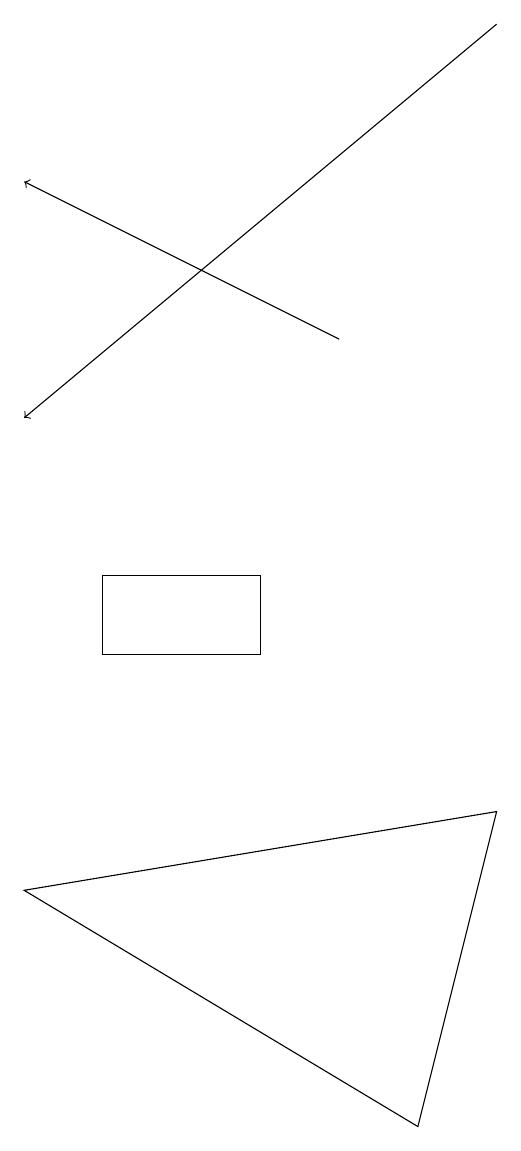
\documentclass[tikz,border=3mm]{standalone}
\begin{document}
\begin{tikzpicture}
\draw (6,10) rectangle (4,11);
\draw[->] (9,18) -- (3,13);
\draw (8,4) -- (3,7) -- (9,8) -- cycle;
\draw[->] (7,14) -- (3,16);
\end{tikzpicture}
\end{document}